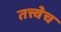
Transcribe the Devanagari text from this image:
तत्त्वेच